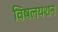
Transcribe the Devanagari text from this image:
विषलयशन